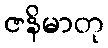
ဇနိမာတု